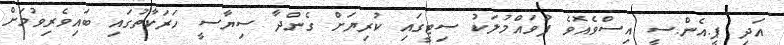
އަދި ޕީ.އެން.ސީ އިސްވެއޮވެ ފުވައްމުލަކު ސިޓީގައި ކުރިޔަށް ގެންދާ ސިޔާސީ ހަރަކާތުގައި ބައިވެރިވުމަށް